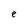
Character: e